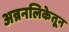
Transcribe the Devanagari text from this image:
अन्ननलिकेतून